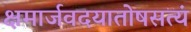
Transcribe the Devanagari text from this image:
क्षमार्जवदयातोषसत्यं